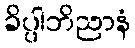
ခိပ္ပါဘိညာနံ